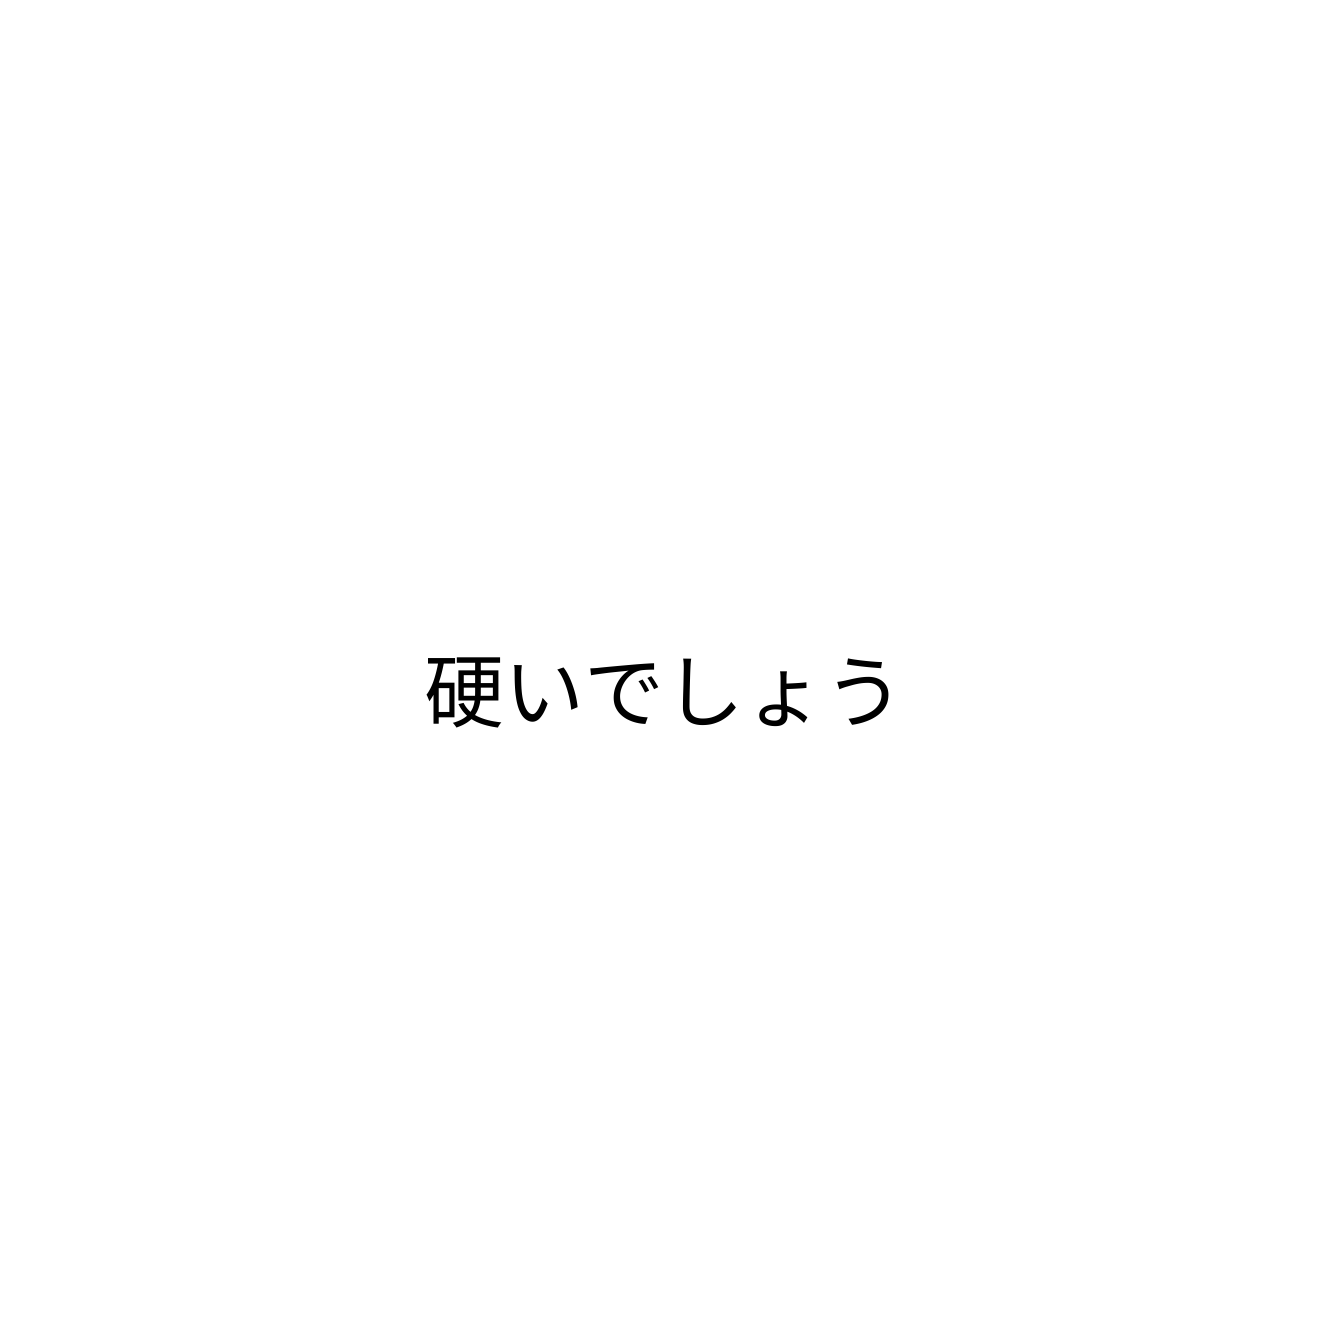
硬いでしょう